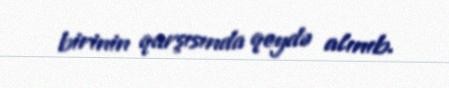
birinin qarşısında qeydə alınıb.